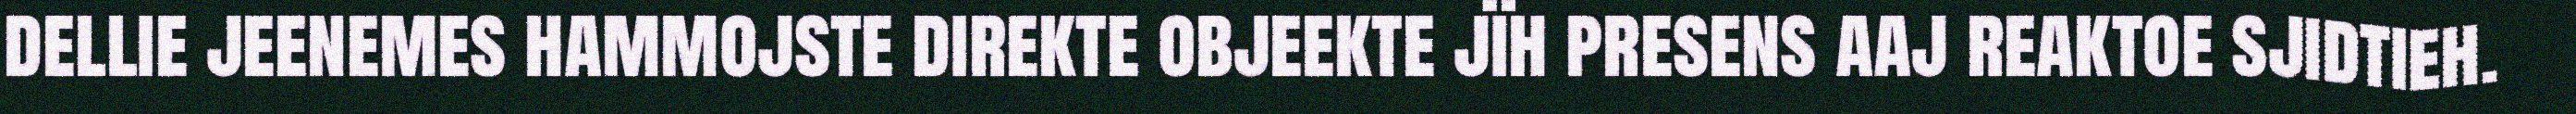
dellie jeenemes hammojste direkte objeekte jïh presens aaj reaktoe sjidtieh.